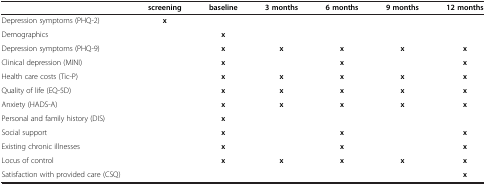
|  | screening | baseline | 3 months | 6 months | 9 months | 12 months |
 | --- | --- | --- | --- | --- | --- | --- |
 | Depression symptoms (PHQ-2) | x |  |  |  |  |  |
 | Demographics |  | x |  |  |  |  |
 | Depression symptoms (PHQ-9) |  | x | x | x | x | x |
 | Clinical depression (MINI) |  | x |  | x |  | x |
 | Health care costs (Tic-P) |  | x | x | x | x | x |
 | Quality of life (EQ-5D) |  | x | x | x | x | x |
 | Anxiety (HADS-A) |  | x | x | x | x | x |
 | Personal and family history (DIS) |  | x |  |  |  |  |
 | Social support |  | x |  | x |  | x |
 | Existing chronic illnesses |  | x |  | x |  | x |
 | Locus of control |  | x | x | x | x | x |
 | Satisfaction with provided care (CSQ) |  |  |  |  |  | x |